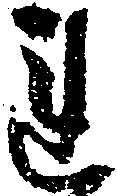
れ